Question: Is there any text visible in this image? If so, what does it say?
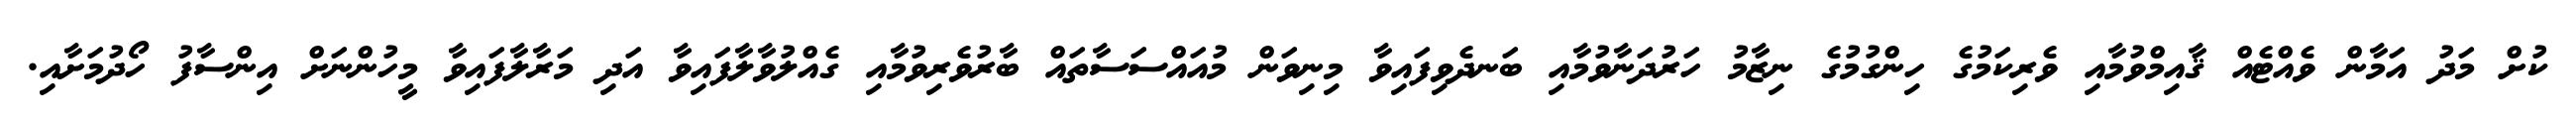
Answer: ކުށް މަދު އަމާން ވެއްޓެއް ޤާއިމްވުމާއި ވެރިކަމުގެ ހިންގުމުގެ ނިޒާމު ހަރުދަނާވުމާއި ބަނދެވިފައިވާ މިނިވަން މުއައްސަސާތައް ބާރުވެރިވުމާއި ގެއްލުވާލާފައިވާ އަދި މަރާލާފައިވާ މީހުންނަށް އިންސާފު ހޯދުމަށާއި.